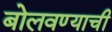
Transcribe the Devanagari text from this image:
बोलवण्याची